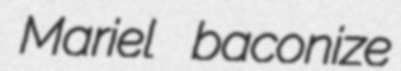
Mariel baconize